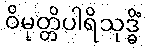
ဝိမုတ္တိပါရိသုဒ္ဓိံ